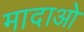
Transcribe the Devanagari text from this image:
मादाओ